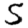
Digit: 5